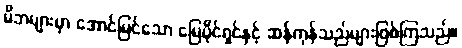
မိဘများမှာ အောင်မြင်သော မြေပိုင်ရှင်နှင့် ဆန်ကုန်သည်များဖြစ်ကြသည်။